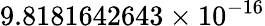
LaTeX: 9.8181642643\times 10^{-16}